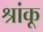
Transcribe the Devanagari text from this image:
श्रांकू